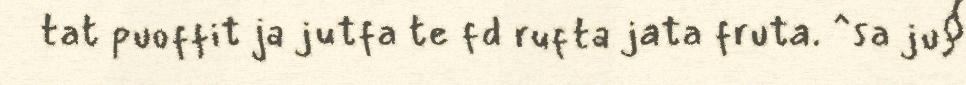
tat puoffit ja jutfa te fd rufta jata fruta. ^sa ju§